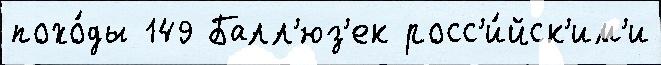
похо́ды 149 Балл'юз'ек росс'и́йск'им'и